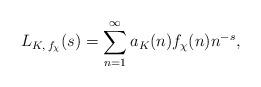
LaTeX: \begin{align*}L_{K,\,f_{\chi}}(s)=\sum_{n=1}^{\infty}a_{K}(n)f_{\chi}(n)n^{-s},\end{align*}